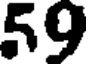
59